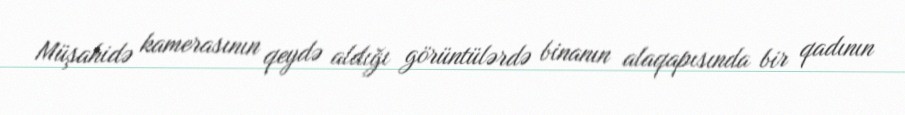
Müşahidə kamerasının qeydə aldığı görüntülərdə binanın alaqapısında bir qadının